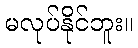
မလုပ်နိုင်ဘူး။